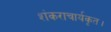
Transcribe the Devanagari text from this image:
शंकराचार्यकृत।